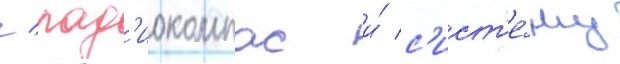
/ рад'иокомпас и́ с'ист'е́му